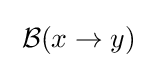
\;{\mathcal {B}}(x\rightarrow y)\;